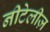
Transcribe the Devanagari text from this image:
नीटेलीज़